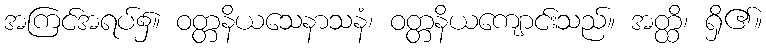
အကြင်အရပ်၌။ ဝတ္တနိယသေနာသနံ၊ ဝတ္တနိယကျောင်းသည်။ အတ္ထိ၊ ရှိ၏။